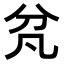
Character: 𭃓